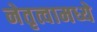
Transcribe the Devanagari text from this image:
नेतृत्वामध्ये